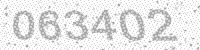
Solution: 063402